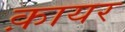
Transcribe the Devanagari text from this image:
क़ायर